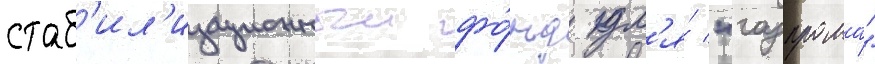
стаб'ил'изационныи фо́нд дл'я́ "газпрома"